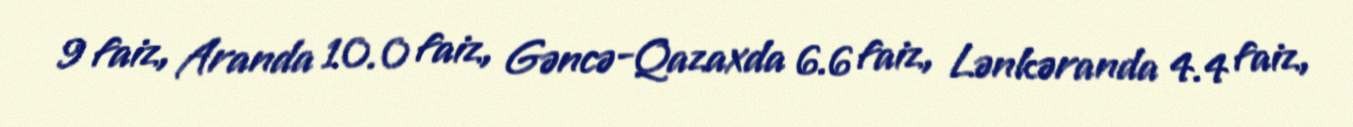
9 faiz, Aranda 10.0 faiz, Gəncə-Qazaxda 6.6 faiz, Lənkəranda 4.4 faiz,